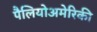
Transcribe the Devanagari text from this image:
पैलियोअमेरिकी